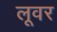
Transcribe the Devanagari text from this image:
लूवर